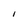
Character: i